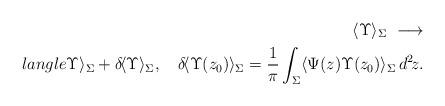
LaTeX: \begin{align*}\langle\Upsilon\rangle_{\Sigma}\ \longrightarrow \\langle\Upsilon\rangle_{\Sigma}+ \delta\!\langle\Upsilon\rangle_{\Sigma},\hspace{1em}\delta\!\langle\Upsilon(z_0)\rangle_{\Sigma}=\frac{1}{\pi}\int_{\Sigma}\langle\Psi(z)\Upsilon(z_0)\rangle_{\Sigma}\,d^2\!z .\end{align*}